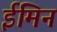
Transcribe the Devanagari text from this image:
ईमिन